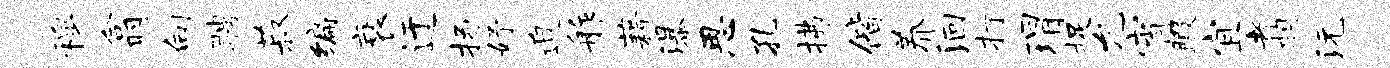
穆翕向聘菽编衰迂扬妤迫舴藉瀑思孔拂偕养洄打瑁捉允宵暇宜翥沅